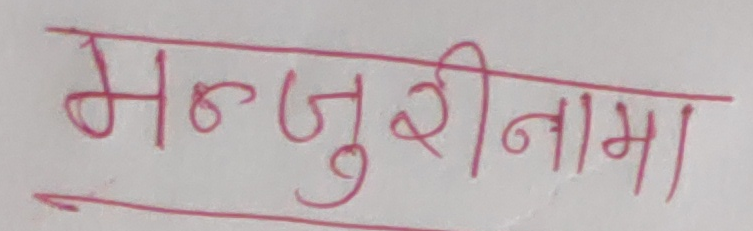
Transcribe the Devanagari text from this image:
मन्जुरीनामा